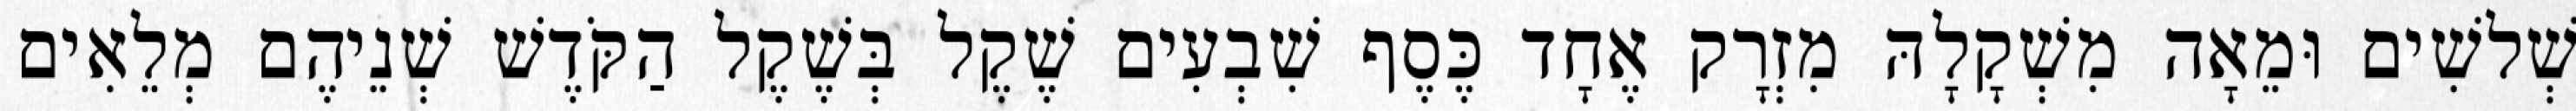
שְׁלשִׁים וּמֵאָה מִשְׁקָלָהּ מִזְרָק אֶחָד כֶּסֶף שִׁבְעִים שֶׁקֶל בְּשֶׁקֶל הַקֹּדֶשׁ שְׁנֵיהֶם מְלֵאִים